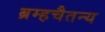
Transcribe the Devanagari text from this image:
ब्रम्हचैतन्य